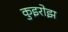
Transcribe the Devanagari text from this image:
कुइरोझ